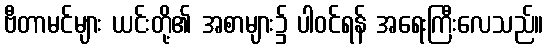
ဗီတာမင်များ ယင်းတို့၏ အစာများ၌ ပါဝင်ရန် အရေးကြီးလေသည်။